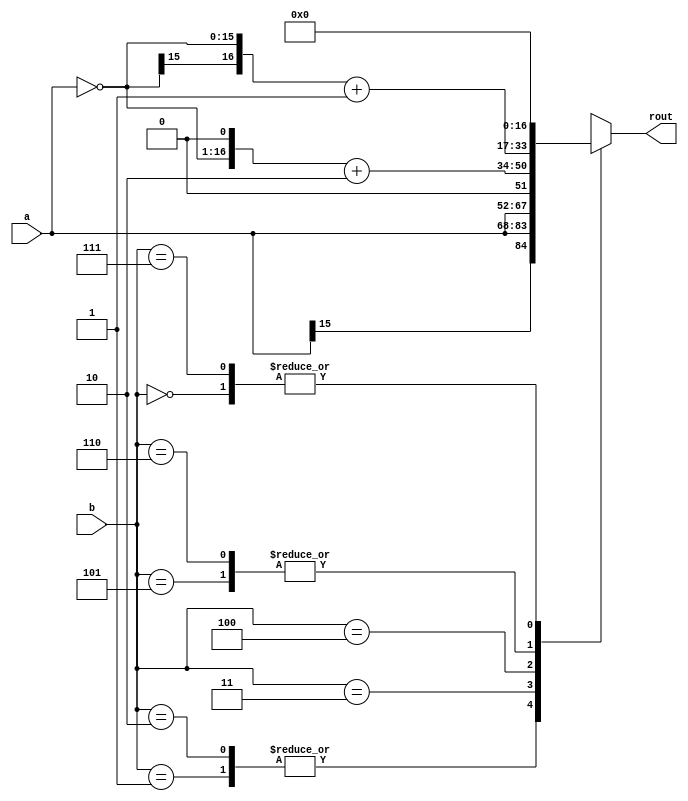
module booth3bits(a,b,rout);
input [15:0] a;
input [2:0] b;
output reg [16:0] rout;
wire [15:0] atmp;
/*
Assuming that x[n-1:0] * y[n-1:0] 
b = y = - y[n-1]2^(n-1) + y[n-2]2^(n-2) + y[n-3]2^(n-3) +  + y[2]2^2 + y[1]2^1 + y[0]2^0
equal to
b = y = - y[n-1]+y[n-2]2^(n-1) + -y[n-2]+y[n-3]2^(n-2) +  + -y[1]+ y[0]2^2 + -y[0]+1'0) 2^1
2bits booth()      y[n]  y[n-1]   operations
                                  0      0          +0n++
                                  0      1         + xn++
                                  1      0         +(-x)n++ 
                                  1      1          +0n++
equal to 
b = y = - 2y[n-1] + y[n-2] + y[n-3]2^(n-2) + - 2y[n-3] + y[n-4] + y[n-5]2^(n-4)  +  + -2y[1] + y[0]+ 1'b0) 2^0 
3bits booth()      y[n+1]   y[n]  y[n-1]     operations
                                  0       0       0    +02n+=2
                                  0       0       1    + x2n+=2
                                  0       1       0    + x2n+=2 
                                  0       1       1    +2x2n+=2    
                                  1       0       0    +(-2x)2n+=2
                                  1       0       1    +(-x)2n+=2
                                  1       1       0    +(-x)2n+=2
                                  1       1       1    +02n+=2                                    
///////////////////
Some factors about this module:
a = x  
b = y  
(-x) + x = x - x = (n-1)'b0 ----->> (-x) = (n-1)'b0 - x = (n-1)'b0 - a
(2x) = (x + x) = 2*x = a<<<1
(-2x) = -x+ -x = 2*-x = -x <<< 1 = ((n-1)'b0 - a)<<<1
*/
assign atmp = ~a;
always@(a or b) begin
       case(b) 
           3'b000: rout = 17'h0;//0
           3'b001: rout = {a[15],a};//1
           3'b010: rout = {a[15],a};//1
           3'b011: rout = {a, 1'b0};//2
           3'b100: rout = {atmp, 1'b0} + 2'b10;//-2
           3'b101: rout = {atmp[15], atmp}+1'b1;//-1 
           3'b110: rout = {atmp[15], atmp}+1'b1;//-1
           3'b111: rout =  17'h0;//0
       endcase
    end
endmodule